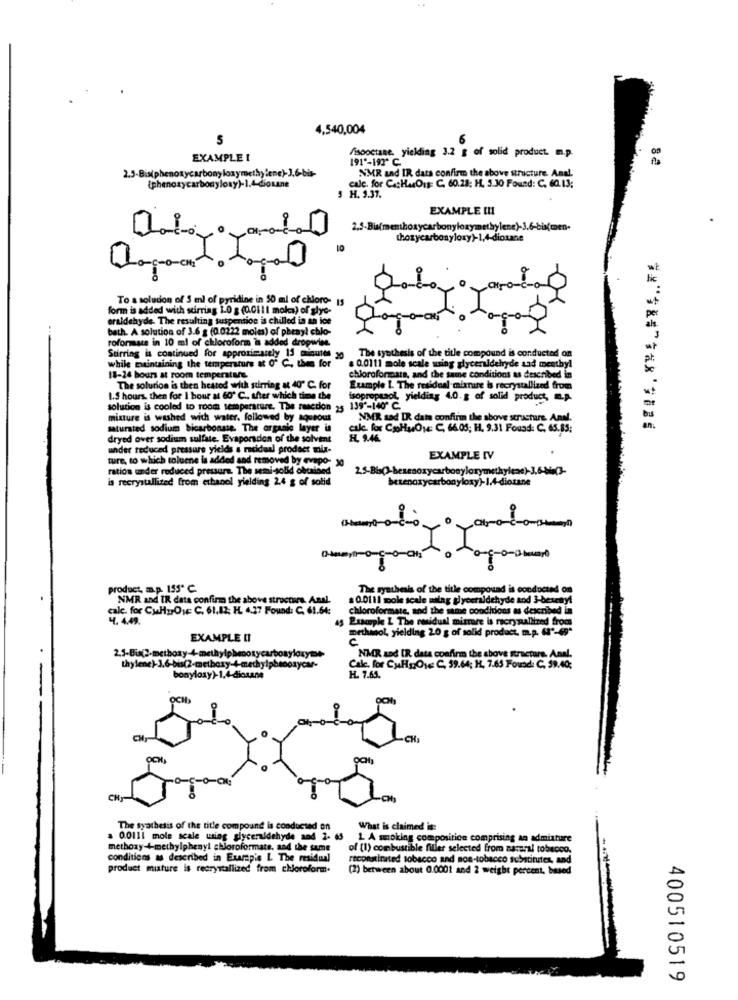
.4
4,540,004
S
EXAMPLE I
/isooctane, yielding 3.2 g of solid product. m.p.
191"-19* C
NMR and IR dats confirm the above structure. Anal.
2.5-Bis(phenoxycarbonyloxymethylene)-3,6-bis-
{phenoxy
ylony)-1.4-diosane
cale. for CatHarDis: C. 60.28; H. 5.30 Found: C. 60.13:
5 H. 3.37.
EXAMPLE III
2.5-Bis(memhoxycarbonyloxymethylene)-3.6-bis(men-
thoxycarbonyloxy)-1,4-dioxane
To a solution of 5 ml of pyridine in 50 ml of chioro- 15
form is added with stirring 1.0 g (0.01 il moka) of glye-
eraldehyde. The resulting suspention is chilled in an ice
bath. A solution of 3.6 g (0.0222 moles) of phenyl chlo-
roformate in 10 ml of chloroform is added dropwise.
while maintaining the temperature & O" C, then for
Stirring is continued for approximately 15 minutes 20
a 0.0111 mole scale using glyceraldehyde sad menthyl
The synthesis of the title compound is conducted on
18-24 hours at room temperature.
chloroformats, and the same conditions as described in
The solution is then heated with stirring & 40" C. for
Example 1. The residual mixnire is recrystallized from
1.5 hours. then for I bour at 60º C ., after which time the
isopropuaol, yielding 4.0.g of solid product, a.p.
solution is cooled to room temperature. The reaction 25 139'-14
mixture is washed with water, followed by aqueous
NMR sad IR data confirm the above structure. Anul.
saturated sodium bicarbonate. The organic layer in
calc. for CooHuOst: C, 66.05; H. 9.31 Found: C. 65.85;
dryed over sodium sulfate. Evaporation of the solvent
HL. 9.46
under reduced pressure yields a ratideal product mix-
EXAMPLE IV
ture, to which toluene is added and removed by evepo- 30
ration under reduced pressure. The semi-solid obtained
is recrystallited from ethanol yielding 2.4 g of solid
-
product, a.p. 155º C.
The synthesis of the title compound is conducted on
NMR and IR data confirm the above structure. Anal.
0.0111 pole scale milag glyceraldehyde and 3-beseny!
calc. for CuHurOye C. 61.12; H. 4.27 Found: C. 61.64:
chloroformate, and the same conditions as described in
4.4.49.
Example L The residual mirrare is recrystallized from
methmol, yielding 2.0 g of solid product. m.p. ("-49"
EXAMPLE II
2.5-Bis(2-methoxy-4-methylphenoxycarbonylory=w-
NMR Lod IR. data confirm the above structure. Anal.
Calc. for CuHgOy C. 59.64; H. 7.65 Found: C. 59.40;
bonyloxy)-1.4-dictane
H. 7.65.
CH
The synthesis of the title compound is conducted on
What is claimed is:
a 0.0111 mole scale using glyceraldehyde and 2- 65
L A moking composition comprising an admixture
methoxy-+-methylphenyl chloroformate, and the same
of (1) combustible filler selected from natural tobacco.
conditions as described in Exatapie L The residual
reconstituted tobacco and non-tobacco substitutes, and
product mixture is recrystallized from chloroform.
(2) between about 0.0001 and 2 weighs percent, based
400510519